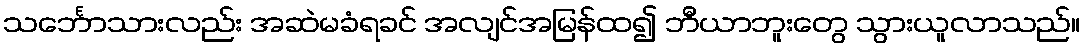
သင်္ဘောသားလည်း အဆဲမခံရခင် အလျင်အမြန်ထ၍ ဘီယာဘူးတွေ သွားယူလာသည်။